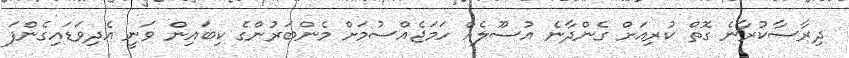
ދިރާސާކުރާނެ ގޮތް ކުރިއަށް ގެންދާނެ އުސޫލެއް ހަމަޖެއްސުމަށް މެންބަރުންގެ ކިބައިން ވަނީ އެދިވަޑައިގެންފަ